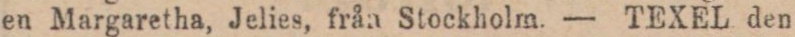
en Margaretha, Jelies, från Stockholm. — TEXEL den